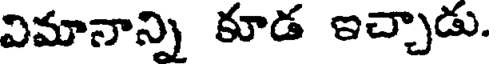
విమానాన్ని కూడ ఇచ్చాడు.